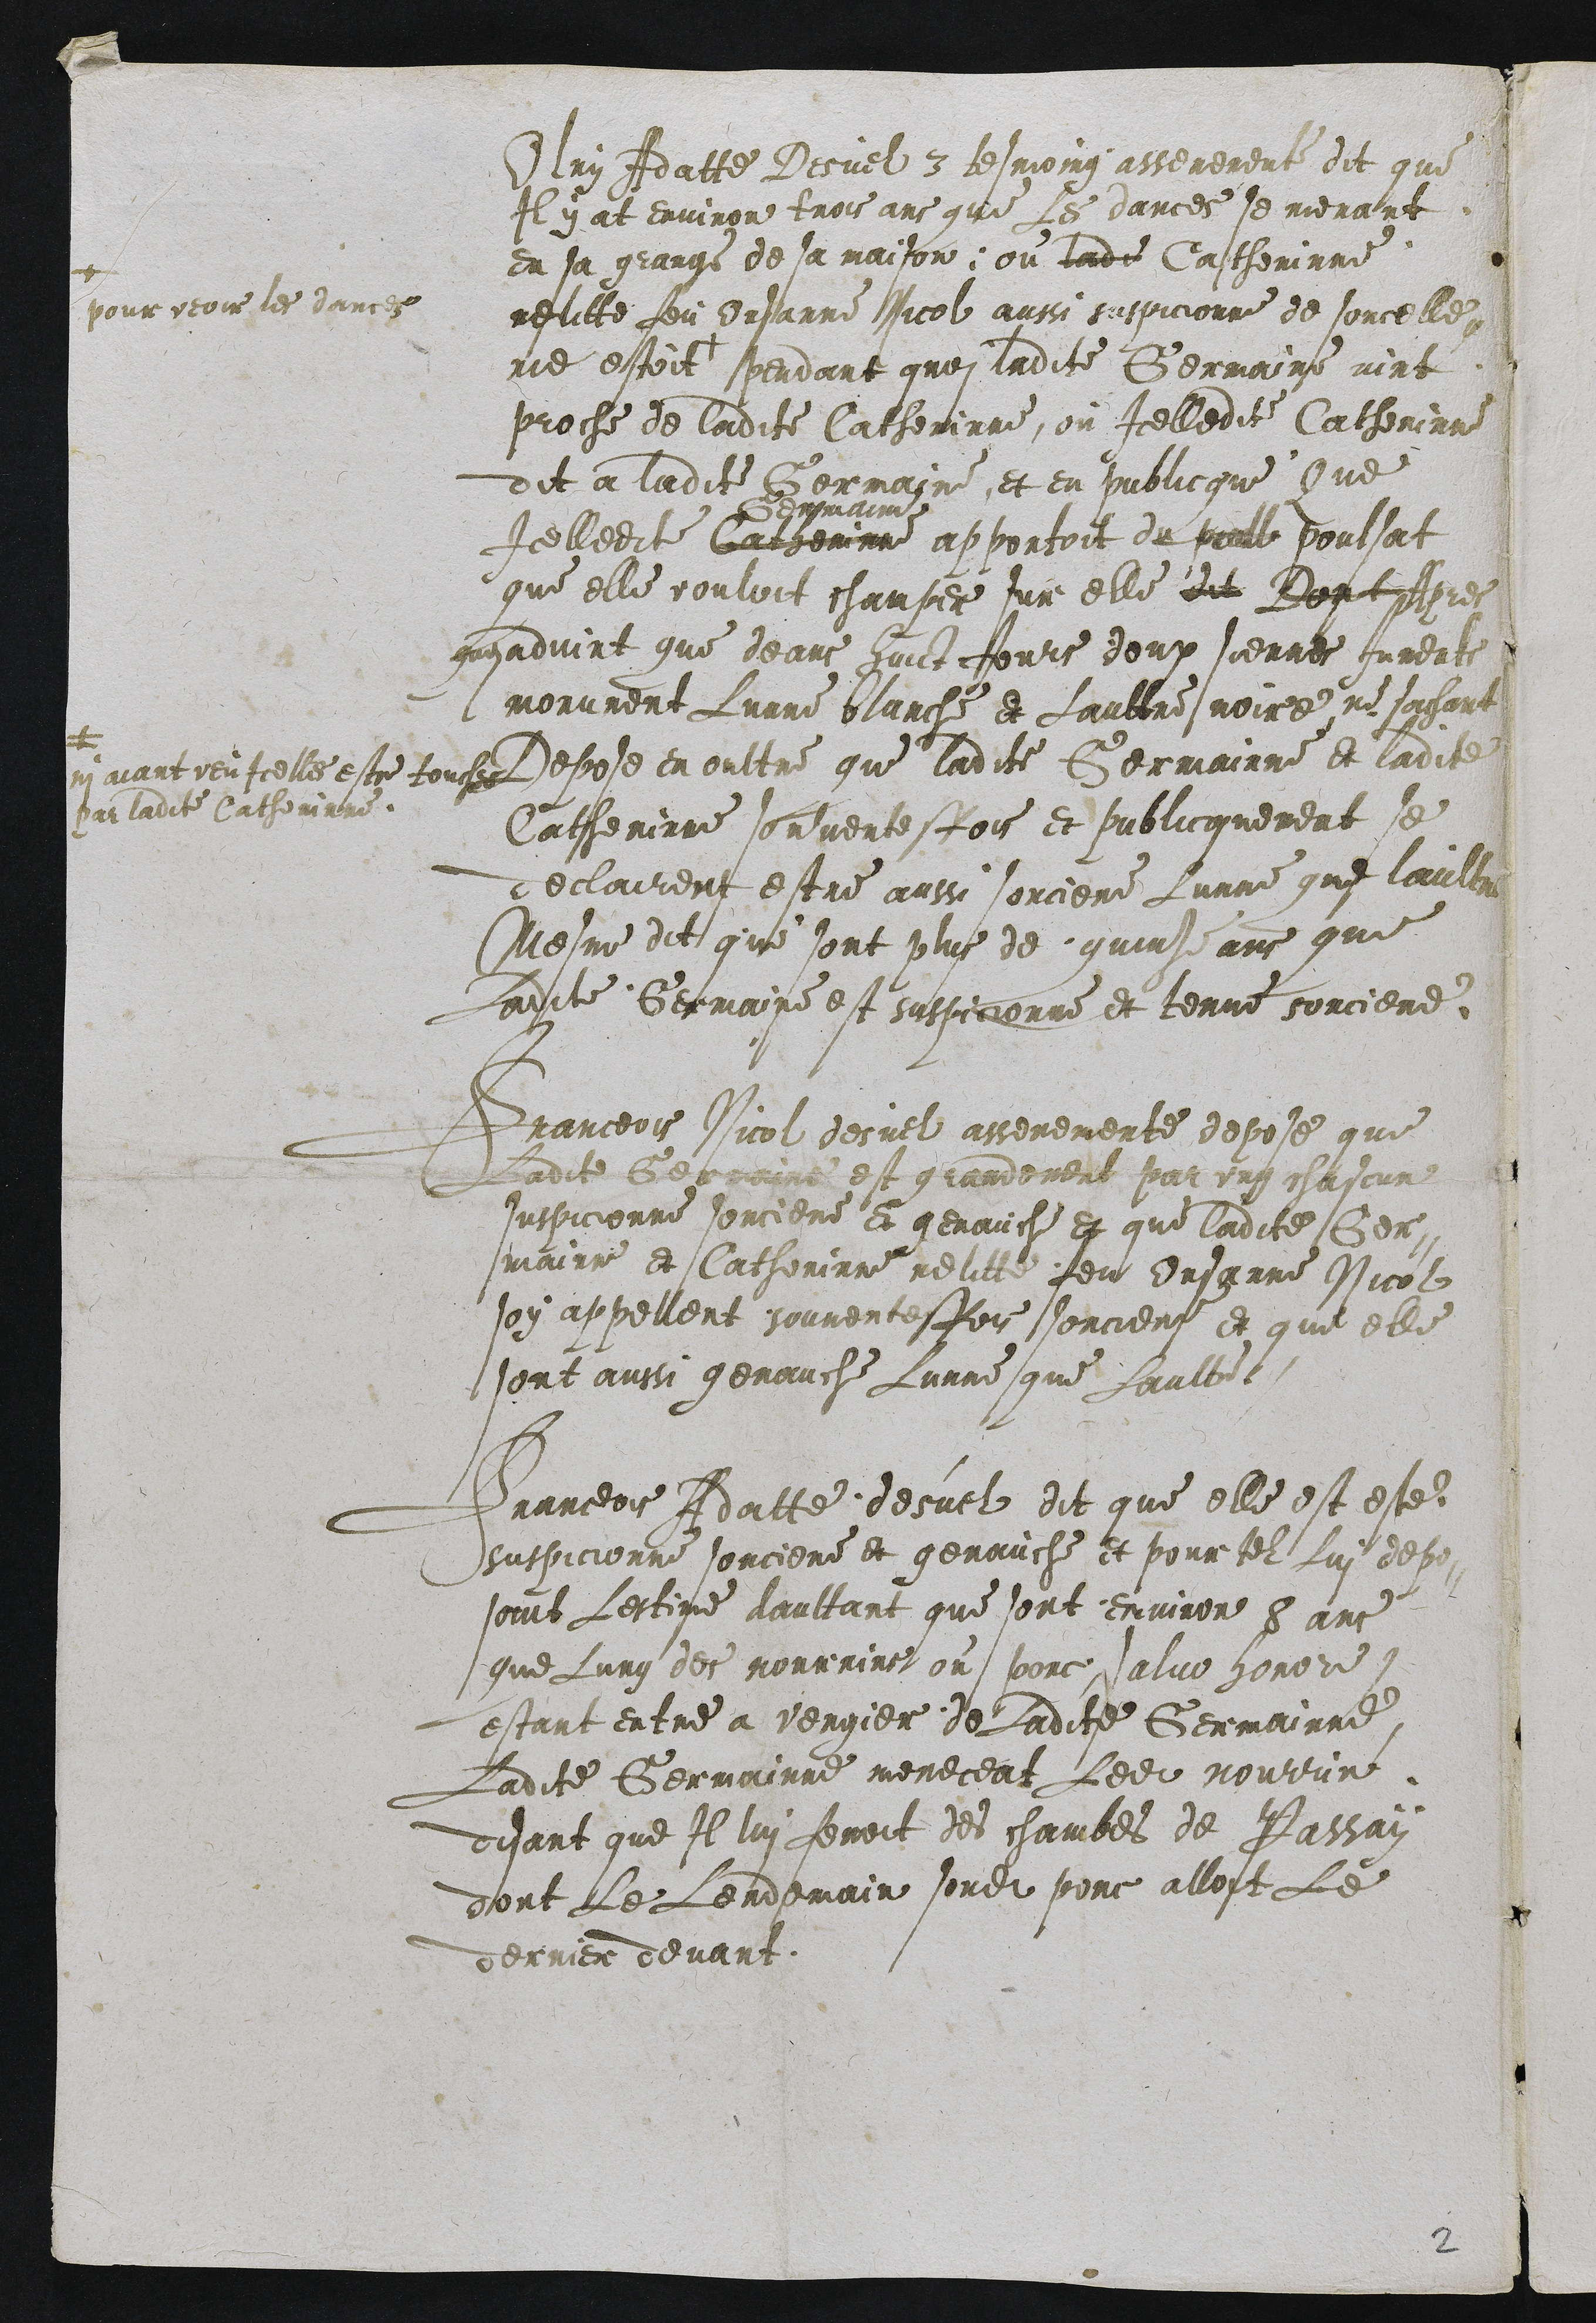
Olry Adatte Desuel 3 tesmoing asseremente dit que
Il y at environ trois ans que Les dances se menant
en sa grange de sa maison ou ladie Catherinne
relitte feu Orsanne Nicol aussi suspicionne de sorcelle
rie estoit
pour veoir les dances
pendant groi ladite Germaine vint
proche de ladite Catherinne, ou Icelledite Catherinne
dit a ladite Germaine et en publicque Que
Icelledite Cargerinne
demmaine
apportoit du peull poulsat
que elle vouloit champer sur elle dit Dontplpres
gusadvint que deans huict Jours deux sienres Jumente
morurent Lunne blanche et Laultre noire ne sachant
ui aiant veuIcelles estre touches
par ladite Catherinne.
Depose en oultre que ladite Germainne et ladite
Catherinne sonventesfois et publicquement se
declairent estre ausse sorciere Lunne que laultre
Mesme dit que sont plus de quinze ans que
Ladite Germaine est suspicionne et tenue sorciere,

Franceois Nicol desuel asseremente depose que
Ladite Gebmaine est grandement par ung chascun
suspicionne sorciere et genauche et que ladite Gen
mairr et Catherinne relitte feue Orsgnne Nicol
soy appellent sourentesfois sorcieri et que elle
sont aussi genauche Lunne que Laultre

Franceois Adatte desuel dit que elle est este
ssuspicionne sorciere et genauche et pour tel Lui depo-
soint Lestime daultant que sont environ 8 ans
que Lung des mourrins on porc, alue honore
estant entre a vergier de Ladite Germainne
Ladite Germainne meneceat Ledit nourrin
disant que Il lui feroit des chambes de Passay
dont Le Lendemain sondit porc alloit Le
derrier devant.

2